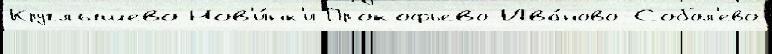
Круглышево Нов'и́нк'и Прокофьево Ива́ново-Собол'ево